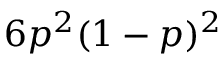
6 p ^ { 2 } ( 1 - p ) ^ { 2 }